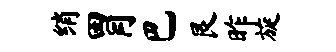
绡胃巴艮昨旋